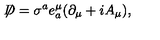
\not \! \! D = \sigma ^ { a } e _ { a } ^ { \mu } ( \partial _ { \mu } + i A _ { \mu } ) ,